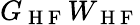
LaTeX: G_{\mathrm{~H~F~}}W_{\mathrm{~H~F~}}